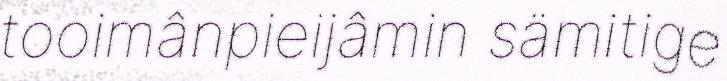
tooimânpieijâmin sämitige